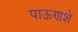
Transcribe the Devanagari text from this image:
पाऊणशे